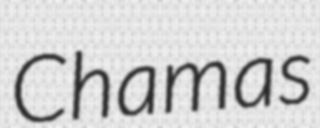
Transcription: Chamas